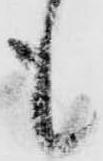
も